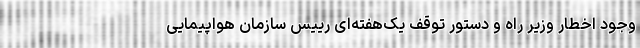
وجود اخطار وزیر راه و دستور توقف یک‌هفته‌ای رییس سازمان هواپیمایی